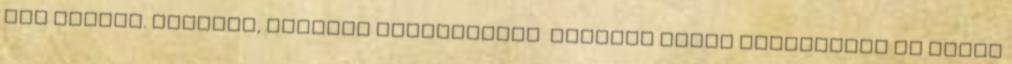
alá került. Oktatás, kultúra szerkesztés Endrődy János Alapiskola és Óvoda